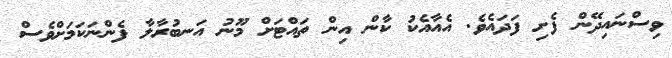
ވިސްނައިދޭން ފެށި ފަދައެވެ. އެއާއެކު ކާން އިން ތައްޓަށް މޫނު އަނބުރާލާ ފެންނަކަމަށްވެސް